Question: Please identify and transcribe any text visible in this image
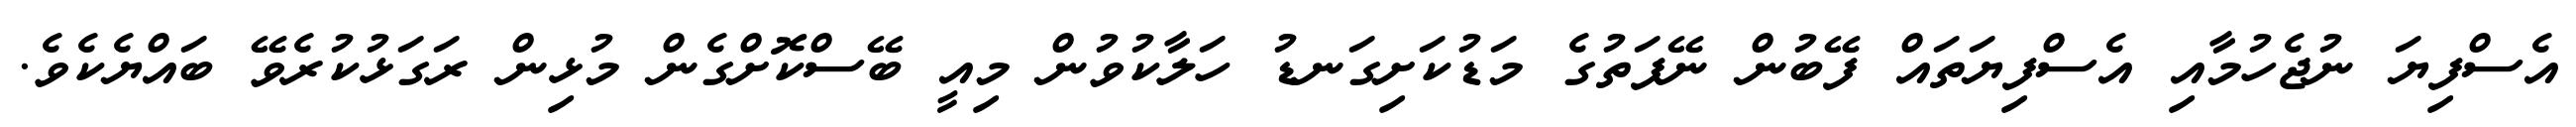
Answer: އެސްފިޔަ ނުޖެހުމާއި އެސްފިޔަތައް ފޭބުން ނޭފަތުގެ މަޑުކަށިގަނޑު ހަލާކުވުން މިއީ ބޭސްކޮށްގެން މުޅިން ރަގަޅުކުރެވޭ ބައްޔެކެވެ.